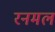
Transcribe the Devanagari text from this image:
रनमल